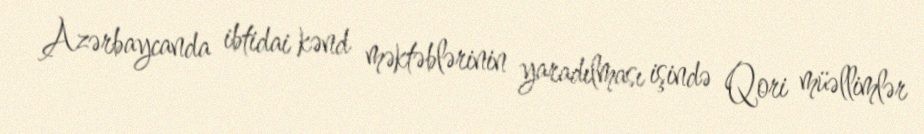
Azərbaycanda ibtidai kənd məktəblərinin yaradılması işində Qori müəllimlər